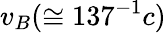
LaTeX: v_{B}(\cong 137^{-1}c)